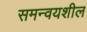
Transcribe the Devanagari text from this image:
समन्वयशील